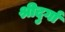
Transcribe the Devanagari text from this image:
श्रीदुर्गा